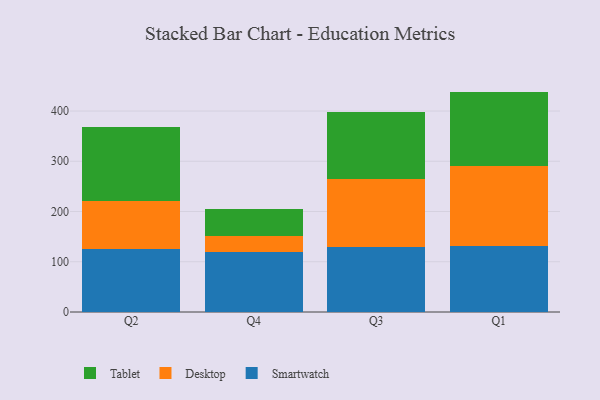
{"axis": {"x": "Quarter", "y": "Budget (USD K)"}, "legend": ["Desktop", "Smartwatch", "Tablet"], "data": [{"x": "Q2", "y": 126.4, "type": "Smartwatch"}, {"x": "Q2", "y": 94.7, "type": "Desktop"}, {"x": "Q2", "y": 147.3, "type": "Tablet"}, {"x": "Q4", "y": 119.3, "type": "Smartwatch"}, {"x": "Q4", "y": 32.5, "type": "Desktop"}, {"x": "Q4", "y": 52.8, "type": "Tablet"}, {"x": "Q3", "y": 128.9, "type": "Smartwatch"}, {"x": "Q3", "y": 134.9, "type": "Desktop"}, {"x": "Q3", "y": 134.1, "type": "Tablet"}, {"x": "Q1", "y": 131.0, "type": "Smartwatch"}, {"x": "Q1", "y": 160.4, "type": "Desktop"}, {"x": "Q1", "y": 147.3, "type": "Tablet"}]}